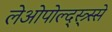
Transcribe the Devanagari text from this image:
लेओपोल्द्स्त्र्स्से